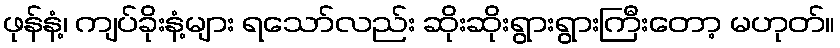
ဖုန်နံ့၊ ကျပ်ခိုးနံ့များ ရသော်လည်း ဆိုးဆိုးရွားရွားကြီးတော့ မဟုတ်။